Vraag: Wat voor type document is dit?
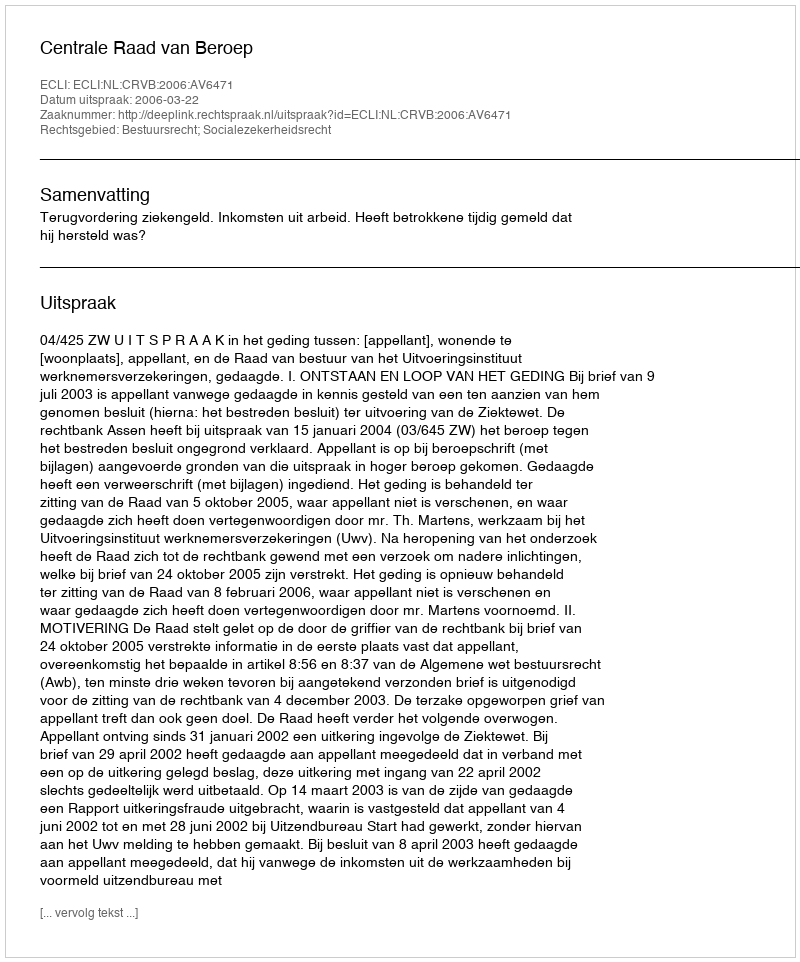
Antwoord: Uitspraak